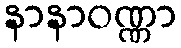
နာနာဝဏ္ဏာ